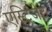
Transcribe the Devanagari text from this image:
एस्ट्रिंजेट